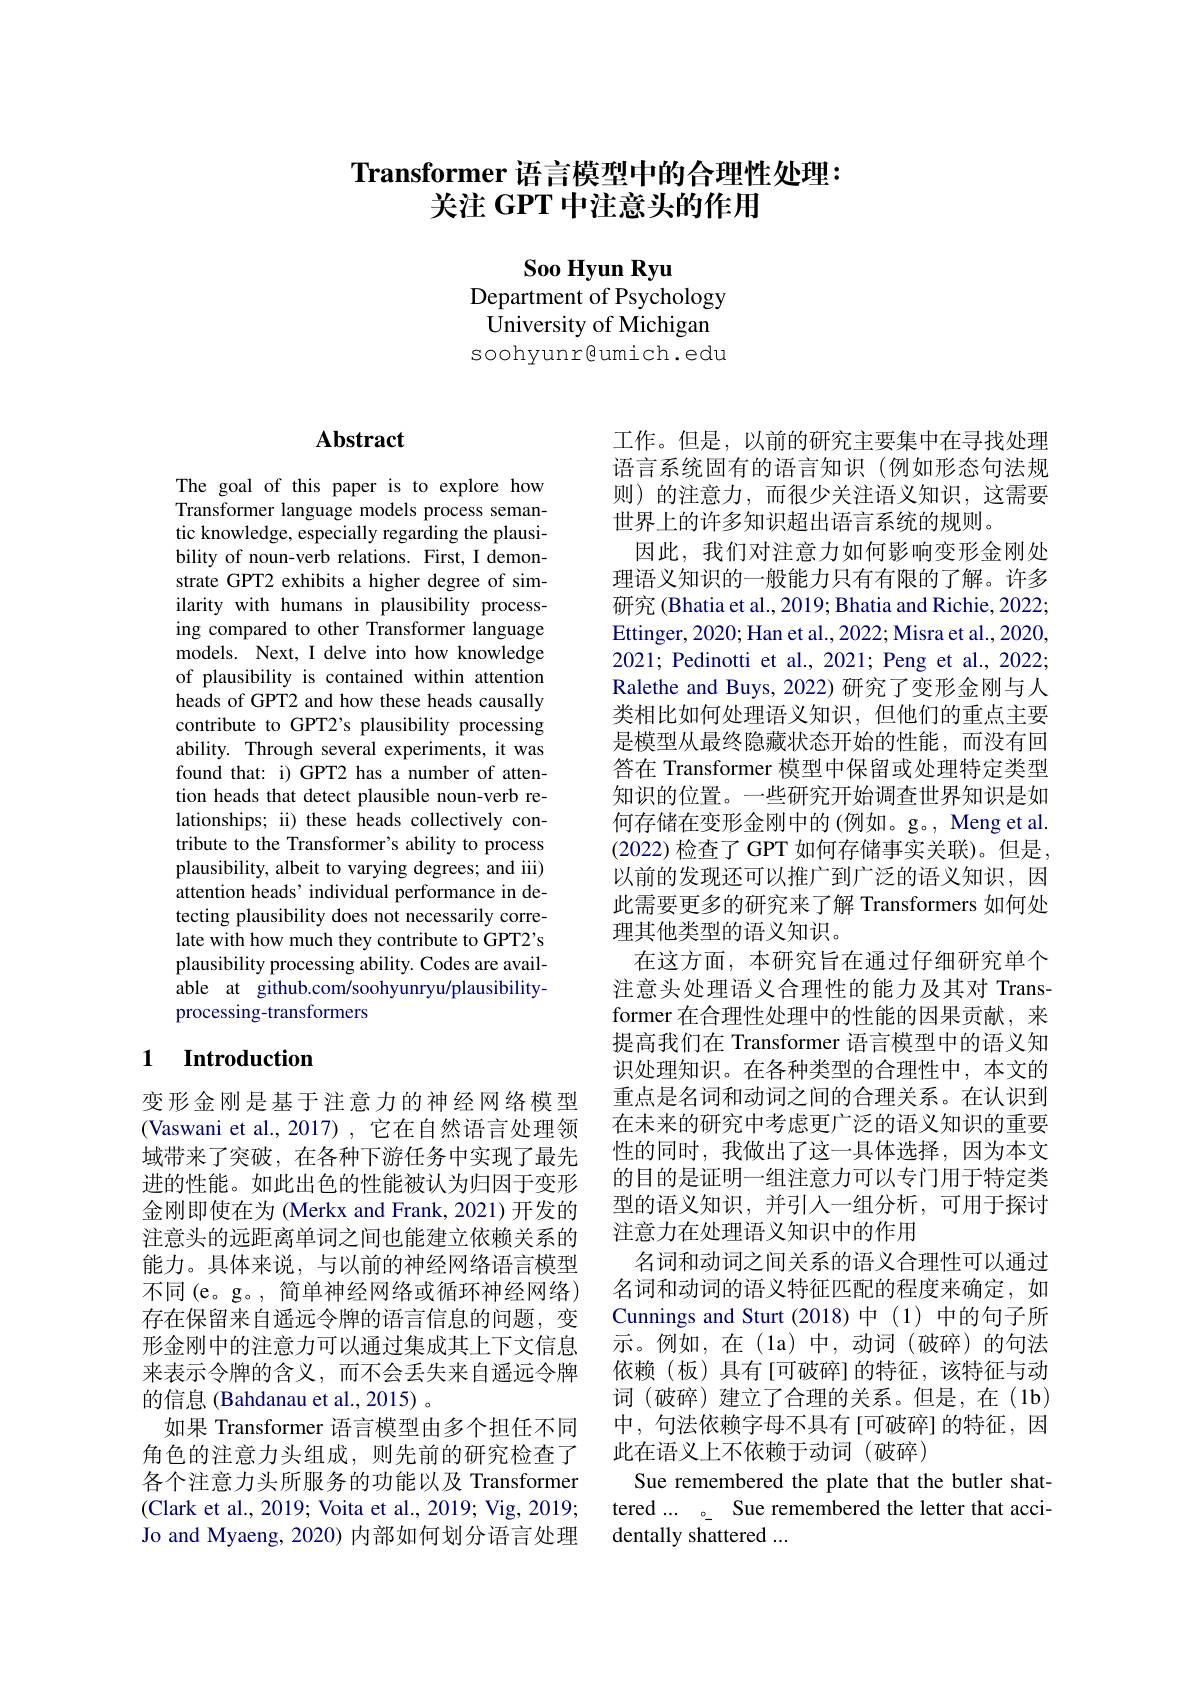
# Transformer 语言模型中的合理性处理： 关注 GPT 中注意头的作用

Soo Hyun Ryu
Department of Psychology University of Michigan soohyunr@umich.edu

# Abstract

The goal of this paper is to explore how Transformer language models process semantic knowledge, especially regarding the plausibility of noun-verb relations. First, I demonstrate GPT2 exhibits a higher degree of similarity with humans in plausibility processing compared to other Transformer language models. Next, I delve into how knowledge of plausibility is contained within attention heads of GPT2 and how these heads causally contribute to GPT2's plausibility processing ability. Through several experiments, it was found that: i) GPT2 has a number of attention heads that detect plausible noun-verb relationships; ii) these heads collectively contribute to the Transformer's ability to process plausibility, albeit to varying degrees; and iii) attention heads' individual performance in detecting plausibility does not necessarily correlate with how much they contribute to GPT2's plausibility processing ability. Codes are available at github.com/soohyunryu/plausibilityprocessing-transformers

# 1 Introduction

变形金刚是基于注意力的神经网络模型(Vaswani et al., 2017), 它在自然语言处理领域带来了突破，在各种下游任务中实现了最先进的性能。如此出色的性能被认为归因于变形金刚即使在为 (Merkx and Frank, 2021) 开发的注意头的远距离单词之间也能建立依赖关系的能力。具体来说，与以前的神经网络语言模型不同(e。g。,简单神经网络或循环神经网络) 存在保留来自遥远令牌的语言信息的问题，变形金刚中的注意力可以通过集成其上下文信息来表示令牌的含义，而不会丢失来自遥远令牌的信息 (Bahdanau et al., 2015) 。
如果 Transformer 语言模型由多个担任不同角色的注意力头组成，则先前的研究检查了各个注意力头所服务的功能以及 Transformer (Clark et al., 2019; Voita et al., 2019; Vig, 2019; Jo and Myaeng, 2020) 内部如何划分语言处理

工作。但是，以前的研究主要集中在寻找处理语言系统固有的语言知识(例如形态句法规则)的注意力，而很少关注语义知识，这需要世界上的许多知识超出语言系统的规则。
因此，我们对注意力如何影响变形金刚处理语义知识的一般能力只有有限的了解。许多研究 (Bhatia et al., 2019; Bhatia and Richie, 2022; Ettinger, 2020; Han et al., 2022; Misra et al., 2020, 2021; Pedinotti et al., 2021; Peng et al., 2022; Ralethe and Buys, 2022) 研究了变形金刚与人类相比如何处理语义知识，但他们的重点主要是模型从最终隐藏状态开始的性能，而没有回答在 Transformer 模型中保留或处理特定类型知识的位置。一些研究开始调查世界知识是如何存储在变形金刚中的(例如。g。, Meng et al. (2022)检查了 GPT 如何存储事实关联)。但是， 以前的发现还可以推广到广泛的语义知识，因此需要更多的研究来了解 Transformers 如何处理其他类型的语义知识。
在这方面，本研究旨在通过仔细研究单个注意头处理语义合理性的能力及其对 Transformer 在合理性处理中的性能的因果贡献，来提高我们在 Transformer 语言模型中的语义知识处理知识。在各种类型的合理性中，本文的重点是名词和动词之间的合理关系。在认识到在未来的研究中考虑更广泛的语义知识的重要性的同时，我做出了这一具体选择，因为本文的目的是证明一组注意力可以专门用于特定类型的语义知识，并引入一组分析，可用于探讨注意力在处理语义知识中的作用
名词和动词之间关系的语义合理性可以通过名词和动词的语义特征匹配的程度来确定，如Cunnings and Sturt (2018)中(1)中的句子所示。例如，在(la)中，动词(破碎)的句法依赖(板)具有[可破碎]的特征，该特征与动词(破碎) 建立了合理的关系。但是，在(1b) 中，句法依赖字母不具有[可破碎]的特征，因此在语义上不依赖于动词(破碎)
Sue remembered the plate that the butler shattered... 。 Sue remembered the letter that accidentally shattered ...